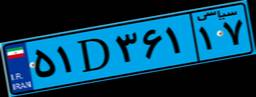
۵۱D۳۶۱۱۷